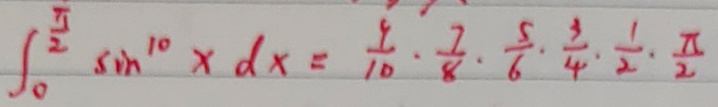
\(\int_{0}^{\frac{\pi}{2}} \sin ^{10} x d x = \frac{9}{10} \cdot \frac{7}{8} \cdot \frac{5}{6} \cdot \frac{3}{4} \cdot \frac{1}{2} \cdot \frac{\pi}{2}\)